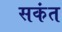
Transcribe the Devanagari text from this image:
सकंत